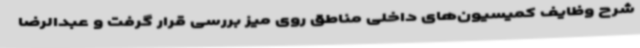
شرح وظایف کمیسیون‌های داخلی مناطق روی میز بررسی قرار گرفت و عبدالرضا